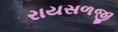
રાયસળજી